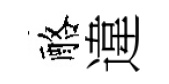
酪違